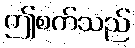
ဤစက်သည်